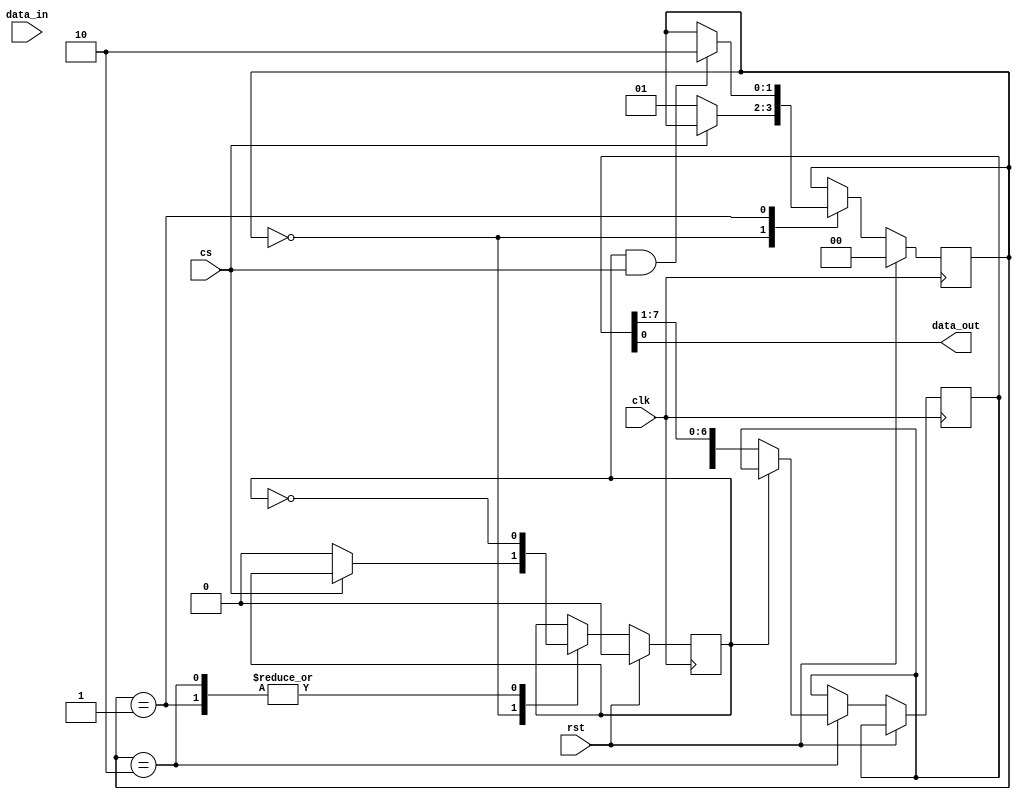
module spi_master (
    input wire clk,
    input wire rst,
    input wire cs,
    input wire data_in,
    output reg data_out
);

reg [7:0] tx_data;
reg [7:0] rx_data;

reg [1:0] state;
parameter IDLE = 2'b00, SEND_DATA = 2'b01, RECEIVE_DATA = 2'b10;
reg sclk;
reg mosi;
reg miso;

always @ (posedge clk) begin
    if (rst) begin
        state <= IDLE;
        sclk <= 0;
        mosi <= 0;
        tx_data <= 8'h00;
    end else begin
        case (state)
            IDLE: begin
                if (!cs) begin
                    state <= SEND_DATA;
                    sclk <= 0;
                end
            end
            SEND_DATA: begin
                sclk <= ~sclk;
                if (sclk) begin
                    mosi <= tx_data[7];
                    tx_data <= {tx_data[6:0], 1'b0};
                end
                if (sclk & cs) begin
                    state <= RECEIVE_DATA;
                    mosi <= 0;
                end
            end
            RECEIVE_DATA: begin
                sclk <= ~sclk;
                if (!sclk) begin
                    rx_data <= {miso, rx_data[7:1]};
                end
            end
        endcase
    end
end

assign data_out = rx_data;

endmodule